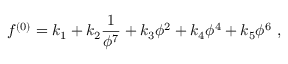
f ^ { ( 0 ) } = k _ { 1 } + k _ { 2 } \frac { 1 } { \phi ^ { 7 } } + k _ { 3 } \phi ^ { 2 } + k _ { 4 } \phi ^ { 4 } + k _ { 5 } \phi ^ { 6 } ~ ,